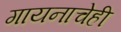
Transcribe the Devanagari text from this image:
गायनाचेही